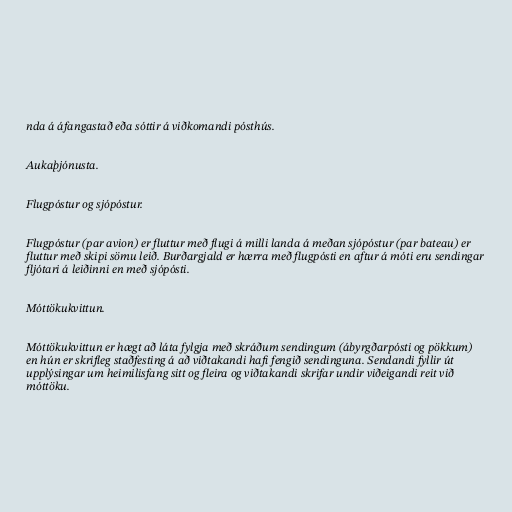
nda á áfangastað eða sóttir á viðkomandi pósthús.

Aukaþjónusta.

Flugpóstur og sjópóstur.

Flugpóstur (par avion) er fluttur með flugi á milli landa á meðan sjópóstur (par bateau) er
fluttur með skipi sömu leið. Burðargjald er hærra með flugpósti en aftur á móti eru sendingar
fljótari á leiðinni en með sjópósti.

Móttökukvittun.

Móttökukvittun er hægt að láta fylgja með skráðum sendingum (ábyrgðarpósti og pökkum)
en hún er skrifleg staðfesting á að viðtakandi hafi fengið sendinguna. Sendandi fyllir út
upplýsingar um heimilisfang sitt og fleira og viðtakandi skrifar undir viðeigandi reit við
móttöku.